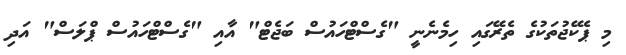
މި ޕެކޭޖުތަކުގެ ތެރޭގައި ހިމެނެނީ "ގެސްޓްހައުސް ބަޖެޓް" އާއި "ގެސްޓްހައުސް ޕްލަސް" އަދި